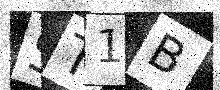
Text: ST1B